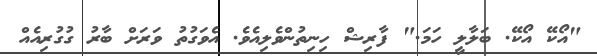
"އޯކޭ އޯކޭ. ބަލާލީ ހަމަ." ފާރިޝް ހިނިތުންވެލިއެވެ. އެވަގުތު ވަރަށް ބާރު ގުގުރިއެއް